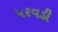
પરવડી